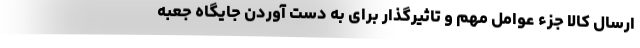
ارسال کالا جزء عوامل مهم و تاثیرگذار برای به دست آوردن جایگاه جعبه